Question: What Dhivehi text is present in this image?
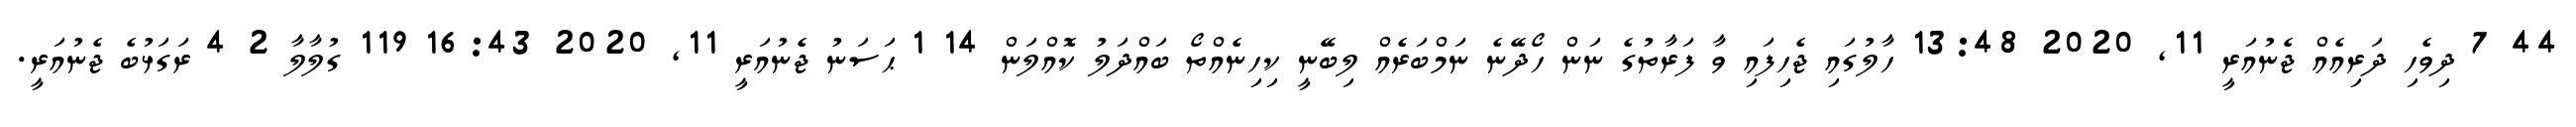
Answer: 44 7 ދިވެހި ދަރިއެއް ޖެނުއަރީ 11, 2020 13:48 ހާލުގައި ޖެހިފައި ވާ ފަރާތުގެ ނަން ހޯދޭނެ ނަމްބަރެއް ލިބޭނީ ކިހިނެއްތޯ ބައްދަލު ކޮއްލަން 14 1 ޙަސަނު ޖެނުއަރީ 11, 2020 16:43 119 ގުލާލާ 2 4 ރަގަޅުބެ ޖެނުއަރީ.